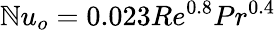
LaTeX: \mathbb{N}u_{o}=0.023Re^{0.8}Pr^{0.4}